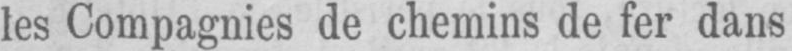
les Compagnies de chemins de fer dans